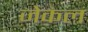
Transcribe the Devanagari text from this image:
जेकल